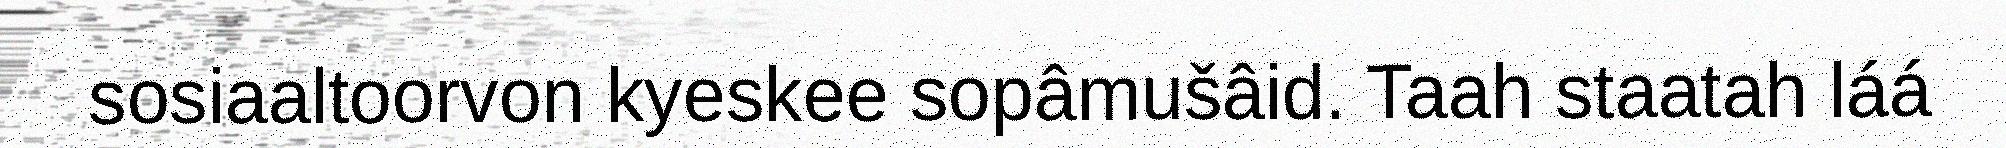
sosiaaltoorvon kyeskee sopâmušâid. Taah staatah láá